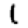
Digit: 1